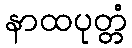
နာထပုတ္တံ